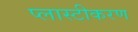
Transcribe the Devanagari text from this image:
प्लास्टीकरण